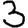
Digit: 3